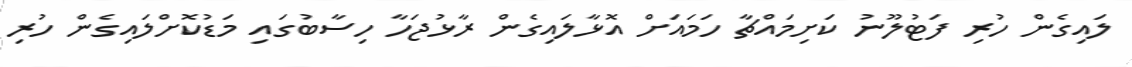
ލައިގެން ހުރި ފަޓުލޫނު ކަށިމައްޗާ ހަމައަށް އޮޅާލައިގެން ރާޅުޖަހާ ހިސާބުގައި މަޑުކޮށްލައިގެން ހުރި